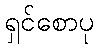
ရှင်စောပု